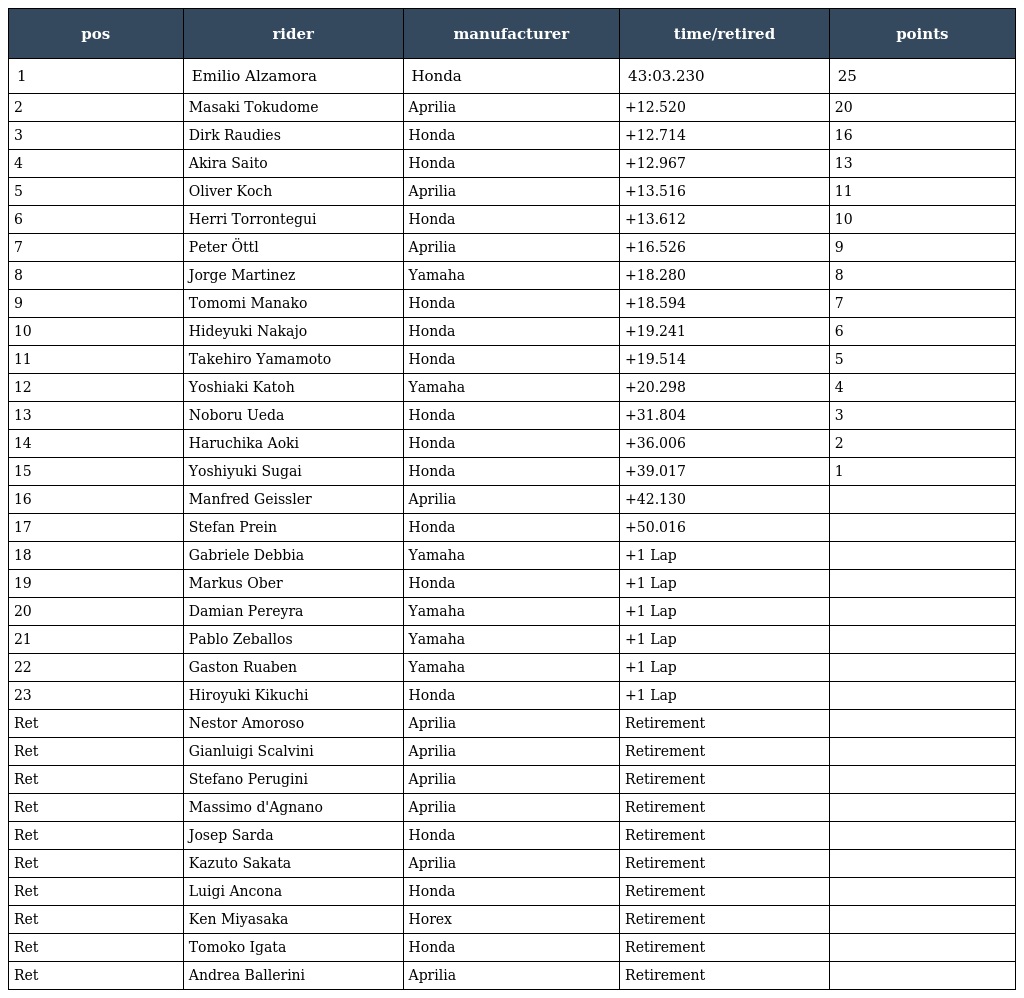
| pos | rider | manufacturer | time/retired | points |
 | --- | --- | --- | --- | --- |
 | 1 | Emilio Alzamora | Honda | 43:03.230 | 25 |
 | 2 | Masaki Tokudome | Aprilia | +12.520 | 20 |
 | 3 | Dirk Raudies | Honda | +12.714 | 16 |
 | 4 | Akira Saito | Honda | +12.967 | 13 |
 | 5 | Oliver Koch | Aprilia | +13.516 | 11 |
 | 6 | Herri Torrontegui | Honda | +13.612 | 10 |
 | 7 | Peter Öttl | Aprilia | +16.526 | 9 |
 | 8 | Jorge Martinez | Yamaha | +18.280 | 8 |
 | 9 | Tomomi Manako | Honda | +18.594 | 7 |
 | 10 | Hideyuki Nakajo | Honda | +19.241 | 6 |
 | 11 | Takehiro Yamamoto | Honda | +19.514 | 5 |
 | 12 | Yoshiaki Katoh | Yamaha | +20.298 | 4 |
 | 13 | Noboru Ueda | Honda | +31.804 | 3 |
 | 14 | Haruchika Aoki | Honda | +36.006 | 2 |
 | 15 | Yoshiyuki Sugai | Honda | +39.017 | 1 |
 | 16 | Manfred Geissler | Aprilia | +42.130 |  |
 | 17 | Stefan Prein | Honda | +50.016 |  |
 | 18 | Gabriele Debbia | Yamaha | +1 Lap |  |
 | 19 | Markus Ober | Honda | +1 Lap |  |
 | 20 | Damian Pereyra | Yamaha | +1 Lap |  |
 | 21 | Pablo Zeballos | Yamaha | +1 Lap |  |
 | 22 | Gaston Ruaben | Yamaha | +1 Lap |  |
 | 23 | Hiroyuki Kikuchi | Honda | +1 Lap |  |
 | Ret | Nestor Amoroso | Aprilia | Retirement |  |
 | Ret | Gianluigi Scalvini | Aprilia | Retirement |  |
 | Ret | Stefano Perugini | Aprilia | Retirement |  |
 | Ret | Massimo d'Agnano | Aprilia | Retirement |  |
 | Ret | Josep Sarda | Honda | Retirement |  |
 | Ret | Kazuto Sakata | Aprilia | Retirement |  |
 | Ret | Luigi Ancona | Honda | Retirement |  |
 | Ret | Ken Miyasaka | Horex | Retirement |  |
 | Ret | Tomoko Igata | Honda | Retirement |  |
 | Ret | Andrea Ballerini | Aprilia | Retirement |  |